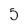
Character: 5